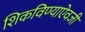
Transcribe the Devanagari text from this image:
शिकविण्याऐवजी